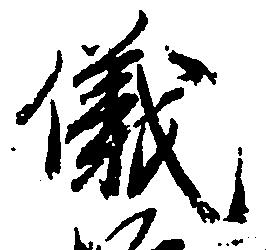
儀